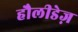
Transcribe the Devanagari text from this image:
हौलीडेज़